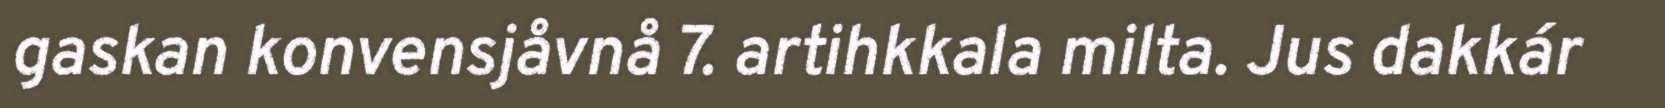
gaskan konvensjåvnå 7. artihkkala milta. Jus dakkár